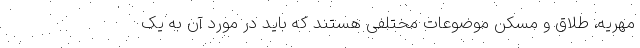
مهریه، طلاق و مسکن موضوعات مختلفی هستند که باید در مورد آن به یک